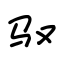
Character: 驭